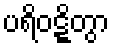
ပရိဝဋ္ဋိတွာ